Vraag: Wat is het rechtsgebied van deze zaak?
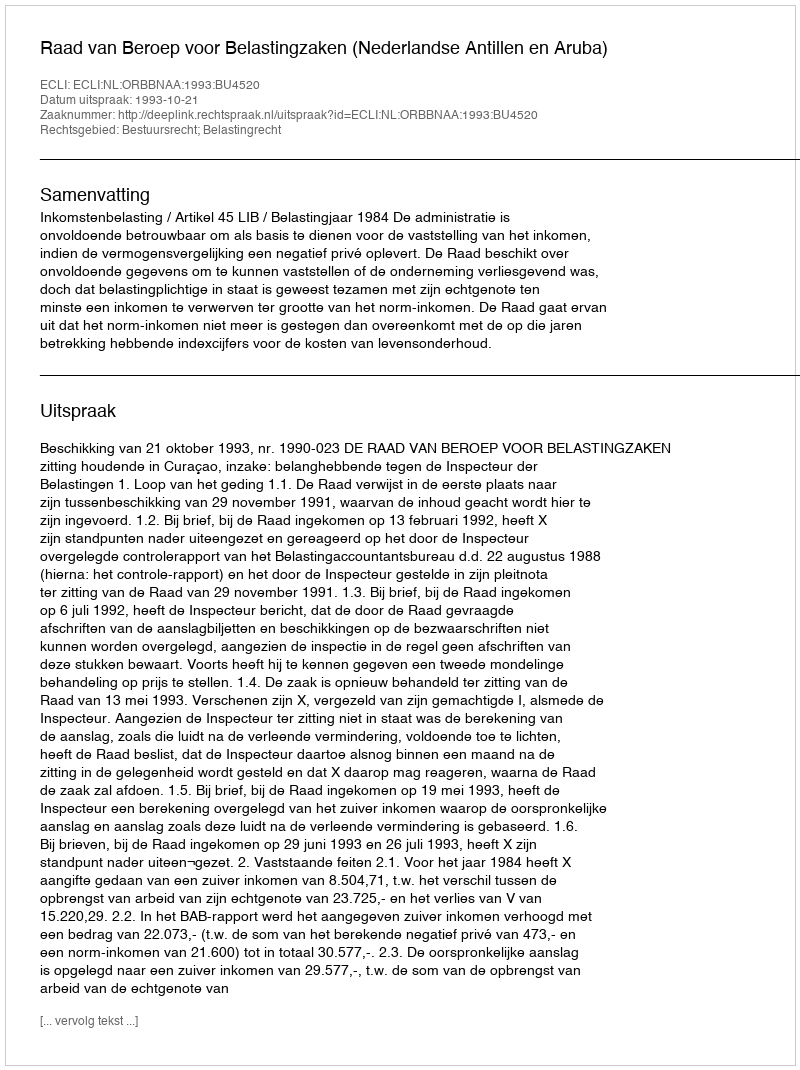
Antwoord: Bestuursrecht; Belastingrecht